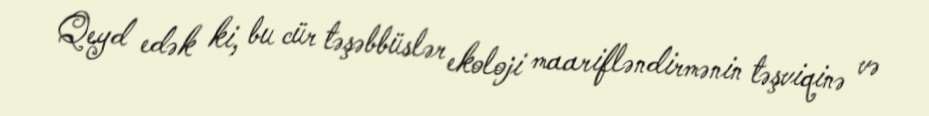
Qeyd edək ki, bu cür təşəbbüslər ekoloji maarifləndirmənin təşviqinə və